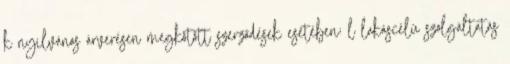
k nyilvános árverésen megkötött szerződések esetében; l lakáscélú szolgáltatás